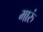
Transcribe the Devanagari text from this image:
मारुं